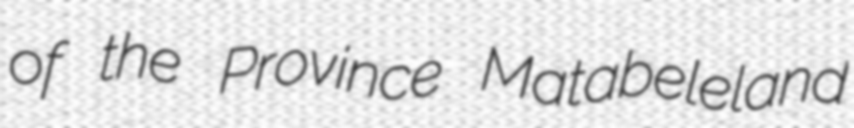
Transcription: of the Province Matabeleland